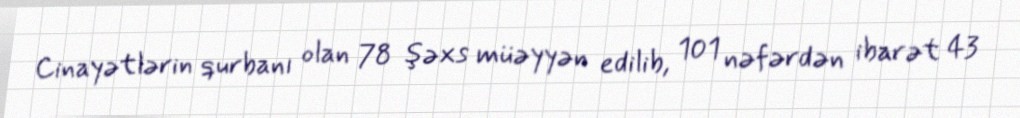
Cinayətlərin qurbanı olan 78 şəxs müəyyən edilib, 101 nəfərdən ibarət 43